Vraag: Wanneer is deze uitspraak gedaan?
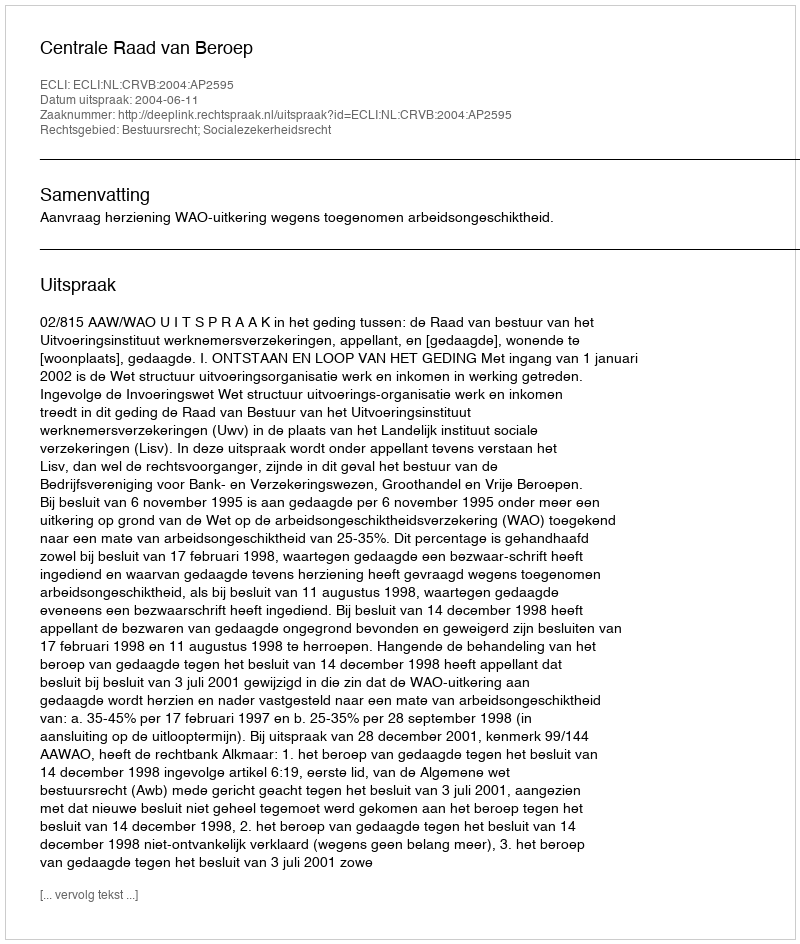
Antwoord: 2004-06-11